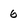
Character: 6